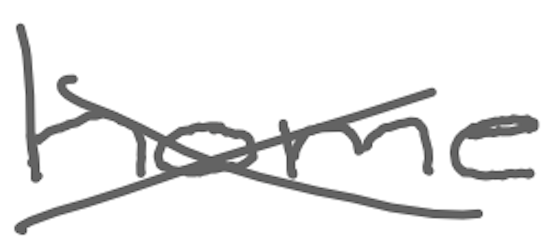
Text: home
Cross-out: cross
Writing tool: digital_gray